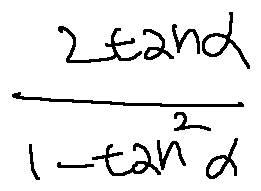
\frac { 2 \tan \alpha } { 1 - \tan ^ { 2 } \alpha }